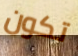
تكون